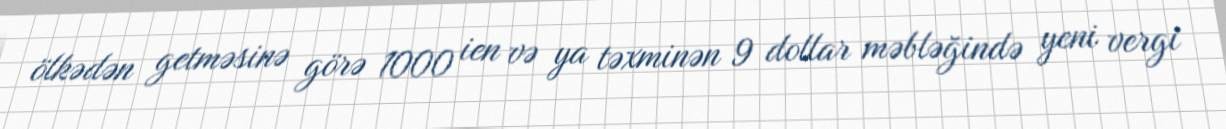
ölkədən getməsinə görə 1000 ien və ya təxminən 9 dollar məbləğində yeni vergi